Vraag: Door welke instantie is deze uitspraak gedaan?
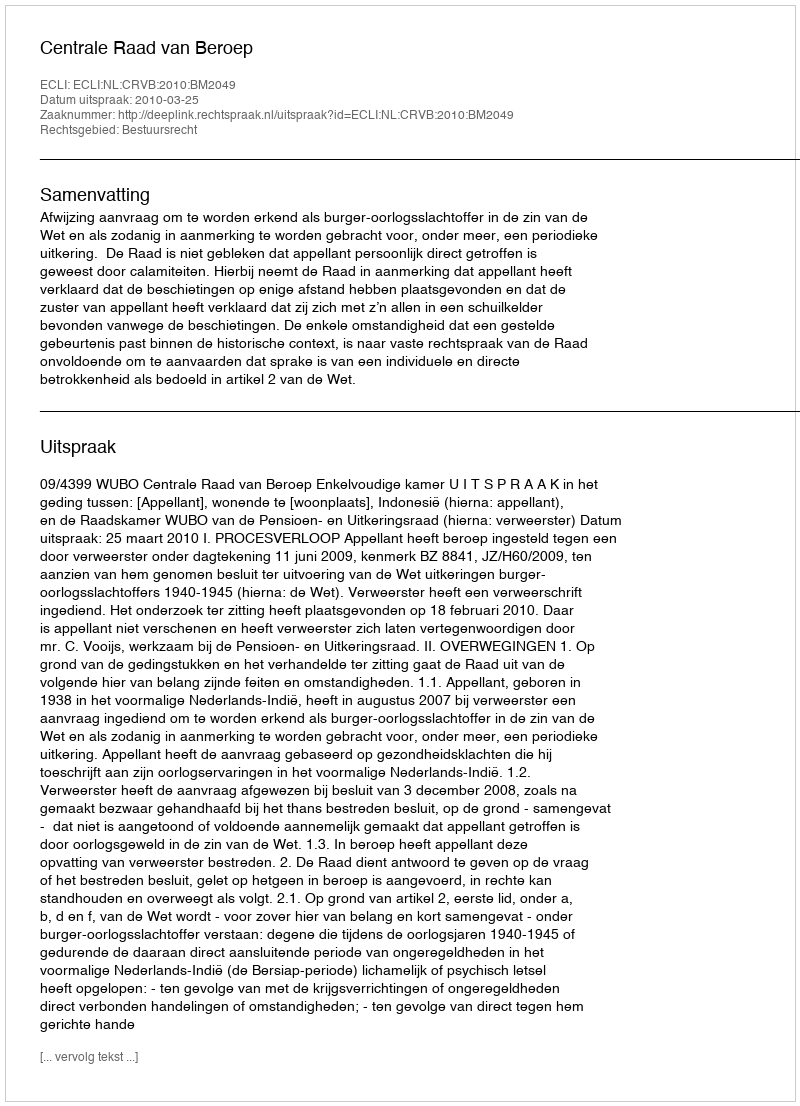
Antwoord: Centrale Raad van Beroep